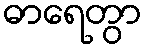
ဓာရေတွာ